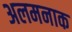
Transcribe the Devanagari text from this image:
अलमनाक